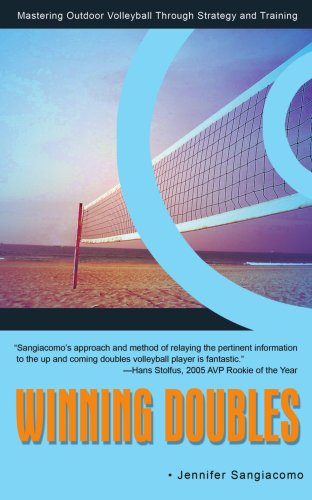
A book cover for Winning Doubles: Mastering Outdoor Volleyball Through Strategy and Training; Jennifer Sangiacomo; Sports & Outdoors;